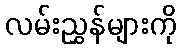
လမ်းညွှန်များကို